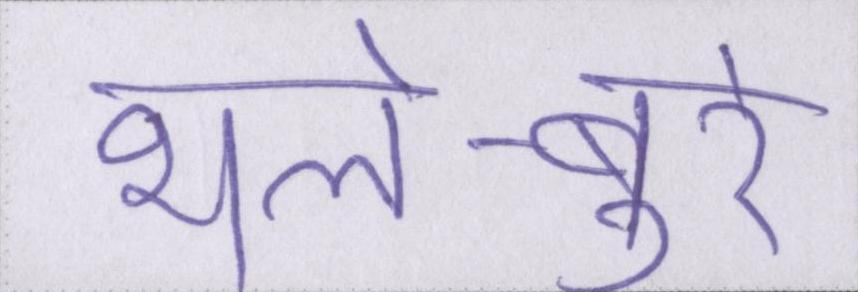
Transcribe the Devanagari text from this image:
भले-बुरे